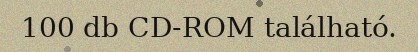
100 db CD-ROM található.